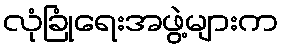
လုံခြုံရေးအဖွဲ့များက